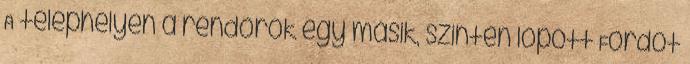
A telephelyen a rendőrök egy másik, szintén lopott Fordot